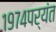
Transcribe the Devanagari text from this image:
१९७४पर्यंत